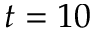
t = 1 0